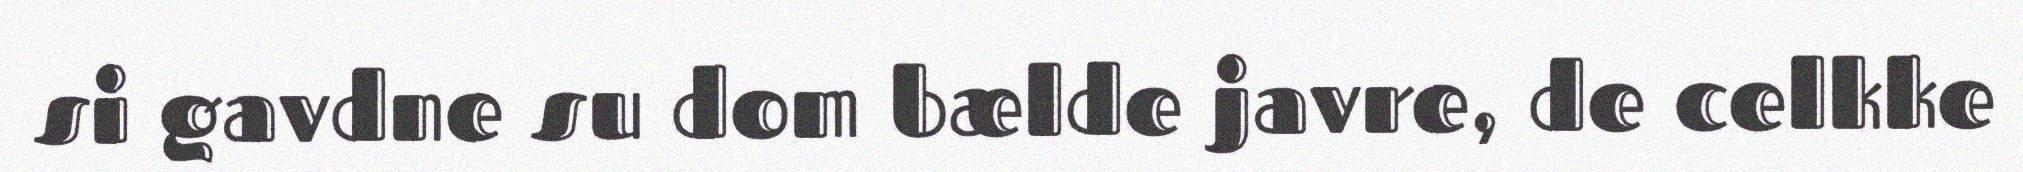
si gavdne su dom bælde javre, de celkke